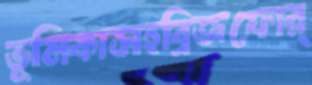
ভূমিকাসহব্রিজফোর্